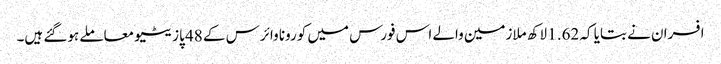
افسران نے بتایا کہ 1.62 لاکھ ملازمین والے اس فورس میں کورونا وائرس کے 48 پازیٹیو معاملے ہوگئے ہیں۔